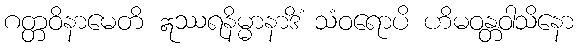
ဂတ္တဝိနာမေတိ ဣဿရနိမ္မာနာဒိံ သံဝရောပိ ဟိမဝန္တဝါသိနော